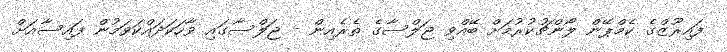
ފައިރޫޒްގެ ކެމްޕޭން ލޯންޗުކުރުމަށް ބޭއްވި ޖަލްސާގެ ތެރެއިން - ޖަލްސާގައި ވާހަކަދައްކަވަމުން ފައިސާއަށް